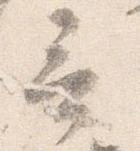
言